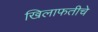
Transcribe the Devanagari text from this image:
खिलाफतीचे